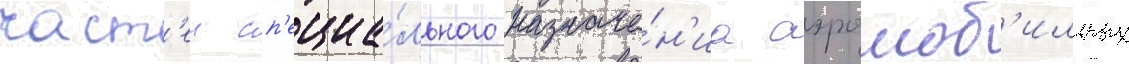
част'еи сп'ециа́льного назначе́н'иа аэромоб'ильных